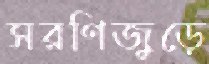
সরণিজুড়ে